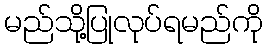
မည်သို့ပြုလုပ်ရမည်ကို